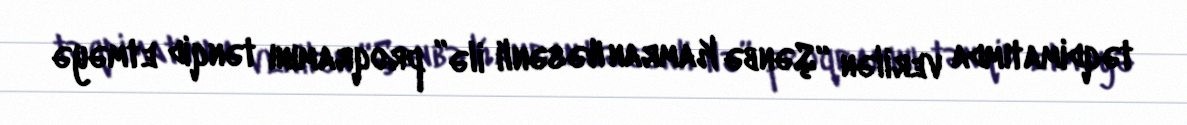
təqdimatımda verilən “Şənbə Kamran Həsənli ilə” proqramını tənqid etməyə